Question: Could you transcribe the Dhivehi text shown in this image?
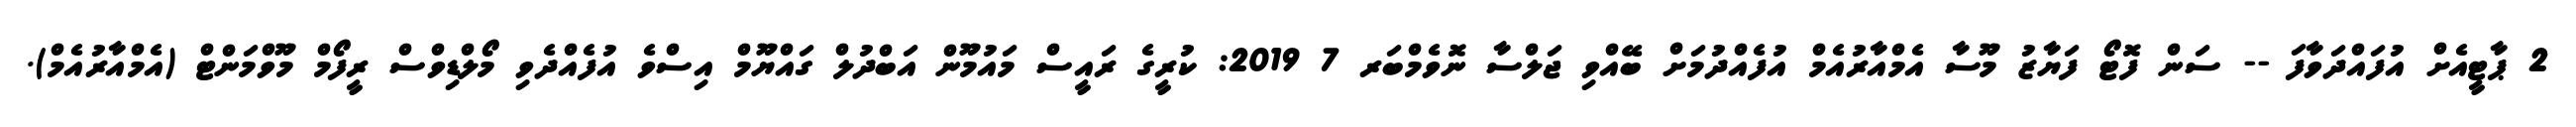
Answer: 2 ޕާޓީއެށް އުފައްދަވާފަ -- ސަން ފޮޓޯ ފަޔާޒު މޫސާ އެމްއާރުއެމް އުފެއްދުމަށް ބޭއްވި ޖަލްސާ ނޮވެމްބަރ 7 2019: ކުރީގެ ރައީސް މައުމޫން އަބްދުލް ގައްޔޫމް އިސްވެ އުފެއްދެވި މޯލްޑިވްސް ރީފޯމް މޫވްމަންޓް (އެމްއާރުއެމް).